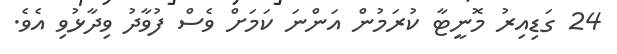
24 ގަޑިއިރު މޮނީޓާ ކުރަމުން އަންނަ ކަމަށް ވެސް ފުވާދު ވިދާޅުވި އެވެ.